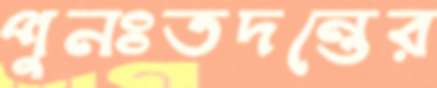
পুনঃতদন্তের